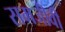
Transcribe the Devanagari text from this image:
समजीवी